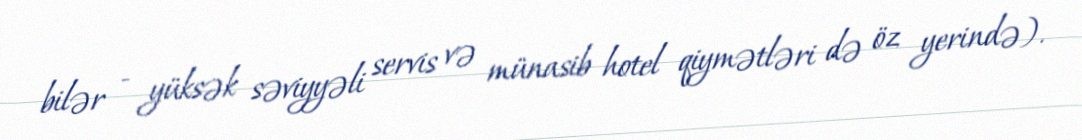
bilər - yüksək səviyyəli servis və münasib hotel qiymətləri də öz yerində).